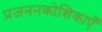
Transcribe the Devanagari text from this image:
प्रजननकोशिकाएँ